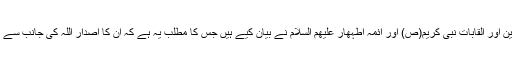
یہ عناوین اور القابات نبی کریم(ص) اور آئمہ اطہھار علیھم السلام نے بیان کیے ہیں جس کا مطلب یہ ہے کہ ان کا اصدار اللہ کی جانب سے ہوا ہے۔